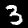
Digit: 3